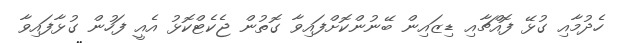
ހެދުމާއި ގުޅޭ ފޮއްޗާއި ޑިޒައިން ބޭނުންކޮށްފައިވާ ގޮތުން ޖެކެޓްކޮޅު އެއީ ފަހުން ގުޅާފައިވާ